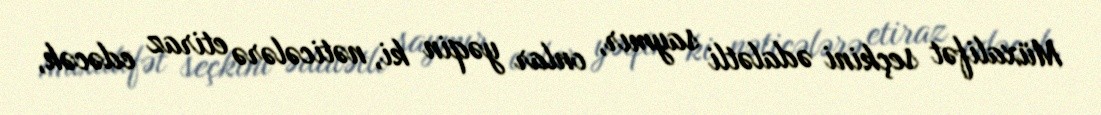
Müxalifət seçkini ədalətli saymır, onlar yəqin ki, nəticələrə etiraz edəcək,